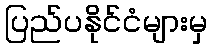
ပြည်ပနိုင်ငံများမှ